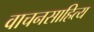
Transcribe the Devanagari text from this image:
वाचनसाहित्य